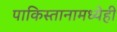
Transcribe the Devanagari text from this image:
पाकिस्तानामध्येही